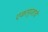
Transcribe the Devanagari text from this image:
एकापुंजाचे